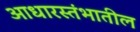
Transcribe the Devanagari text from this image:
आधारस्तंभातील